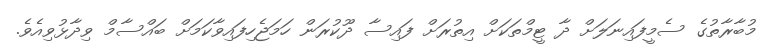
މުބާރާތުގެ ސެމީފައިނަލަށް ދާ ޓީމްތަކަށް އިތުރަށް ފައިސާ ދޫކުރަން ހަމަޖެހިފައިވާކަމަށް ބައްސާމް ވިދާޅުވިއެވެ.